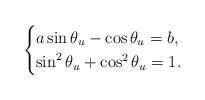
LaTeX: \begin{align*}\begin{cases}a\sin\theta_u-\cos\theta_u = b,\\\sin^2\theta_u + \cos^2\theta_u = 1.\end{cases}\end{align*}